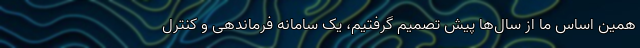
همین اساس ما از سال‌ها پیش تصمیم گرفتیم، یک سامانه فرماندهی و کنترل